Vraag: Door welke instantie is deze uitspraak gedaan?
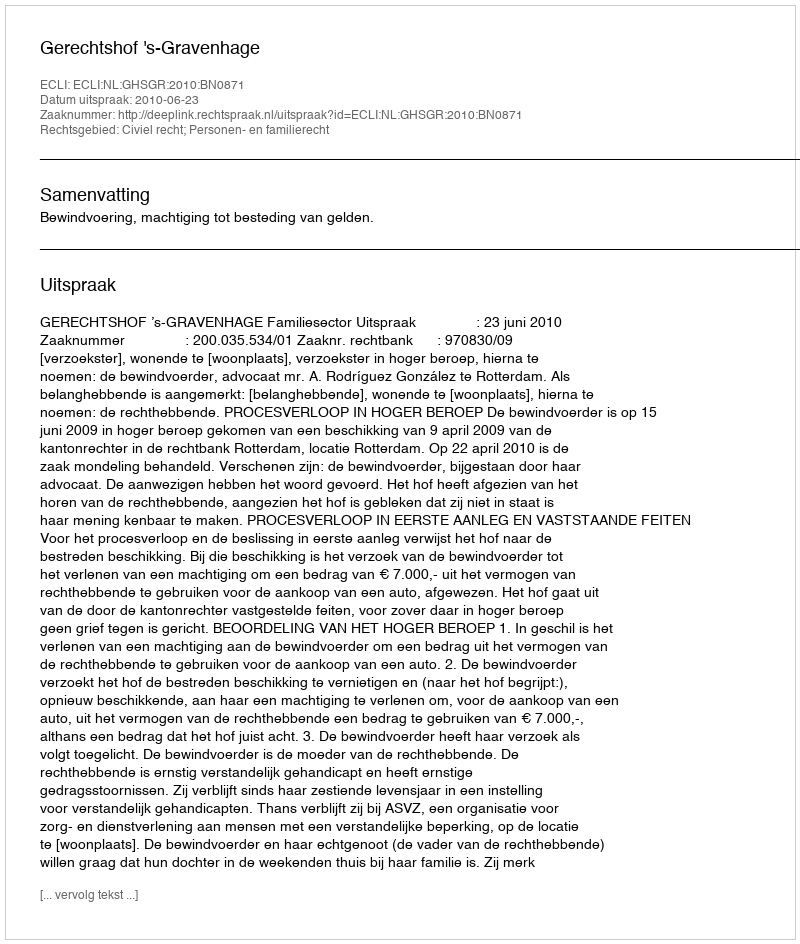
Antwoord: Gerechtshof 's-Gravenhage